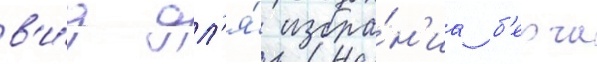
в'и́д дл'я́ избра́н'иа б'ерча